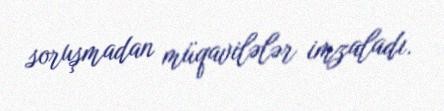
soruşmadan müqavilələr imzaladı.